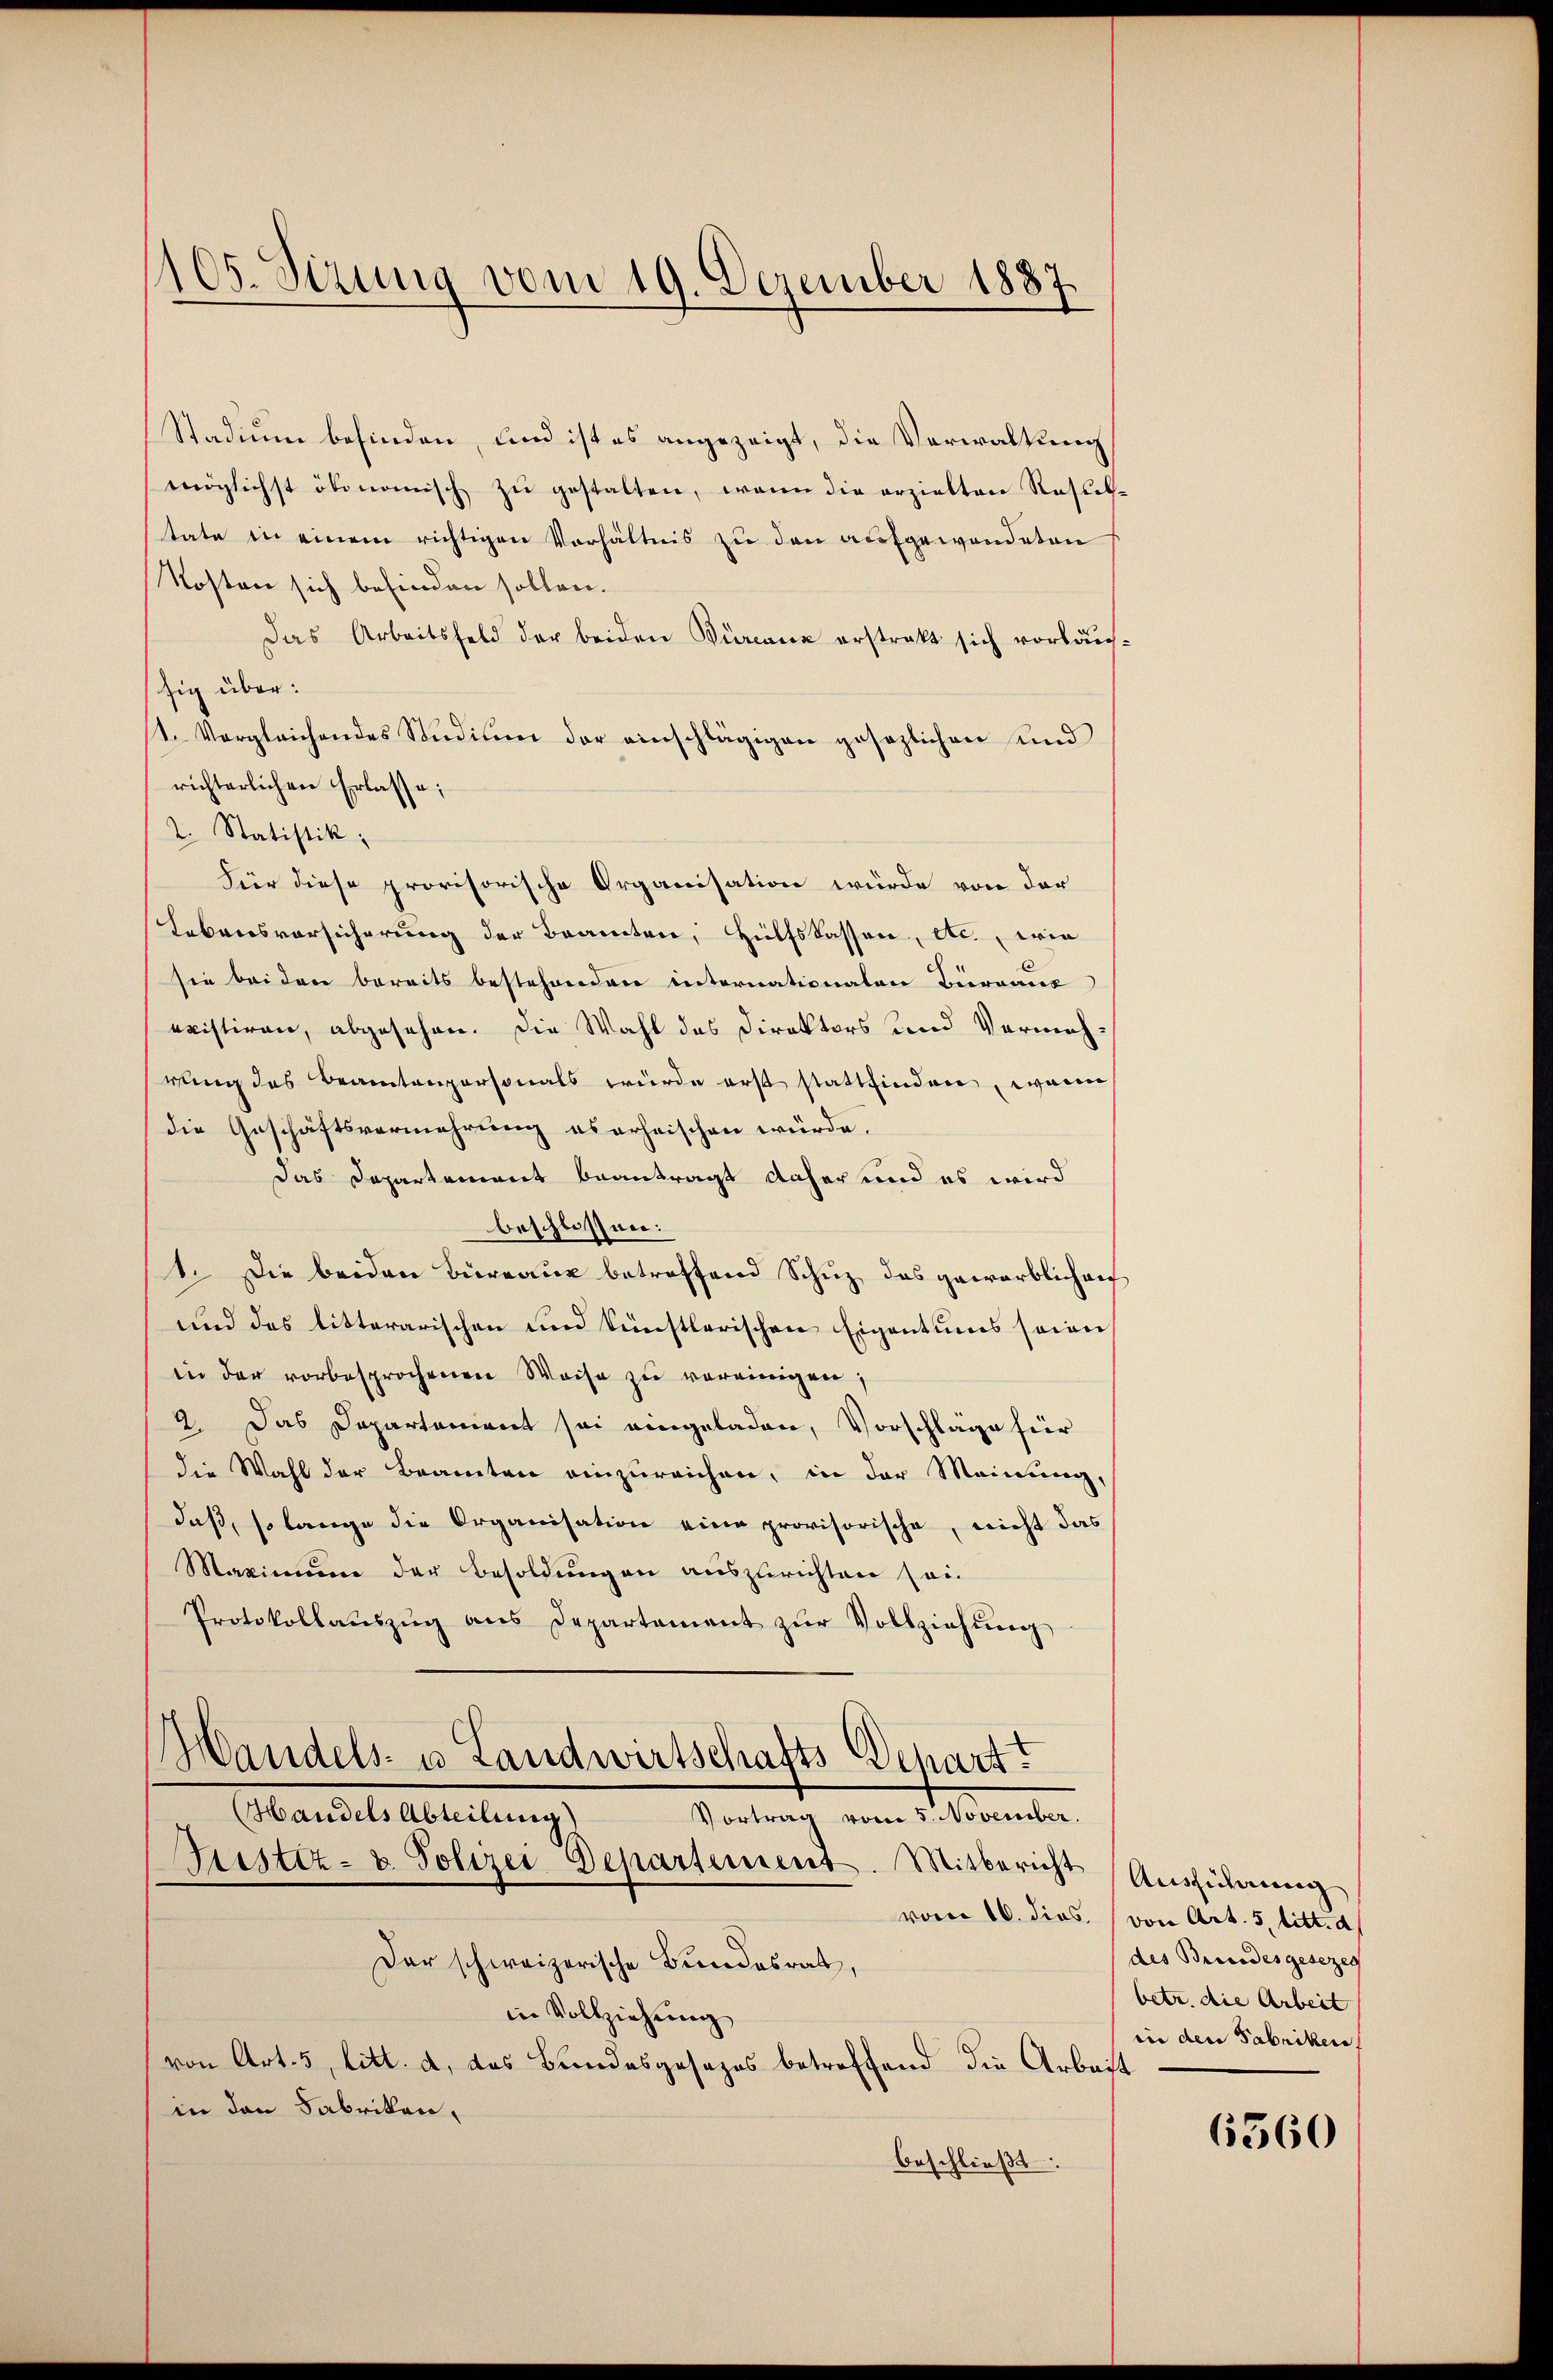
1105. Sizung vom 19. Dezember 1887

Stadium befinden, und ist es angezeigt, die Verwaltung
möglichst ökonomisch zŭ gestalten, wenn die erzielten Restel-
tate in einem richtigen Verhältnis zu den aufgewandeten
Kosten sich befinden sollen.
Das Arbeitsfeld der beiden Bürcanz erstrakt sich vorläu-
sig über:
st. Vergleichendes Studium der einschlägigen gesezlichen und
richterlichen Erlasse;
2. Statistik;
Für diese provisorische Organisation würde von der
Lebensvorsicherung der Beamten, Hülfskassen, etc., wie
sie bei den bereits bestehenden internationaten Bierraus
rristiren, abgesehen. Die Wahl des Direktors und Vermehrung des Beamtengersonals würde erst stattfinden, wenn
die Geschäftsvermehrung es erheischen würde,
Das Departement beantragt daher und es wird
beschlossen:
1. Die beiden Büreaux betroffend Schuz das geworblich an
und das litterarischen und künstlerischen Eigentums seien
in der vorbesprochenen Weise zŭ vereinigen;
2. Das Departement sei eingeladen, Vorschläge für
die Wahl der Beamten einzureichen, in der Meinung,
daß, so lange die Organisation eine provisorische, nicht das
Maximum der Besoldungen auszurichten sei.
Protokollaŭszŭg ans Departement zŭr Vollziehŭng
Mandels- u Landwirtschafts Depart.
Handels Abteilung
Vortrag vom 5. November.
ustiz- u. Polizei Departement. Mitbericht Ausführung
Der schweizerische Bundesrat,
in Vollziehung
von Art. 5, litt. d, das Bundesgesezes betreffend die Arbeit
in den Fabriken,
beschließt:

vom 16. dies. (von Art. 5 litt. d.
des Bundesgesezes
betr. die Arbeit
in den Fabriken

6560